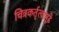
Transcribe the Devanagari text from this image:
चित्रकर्तृत्वापुढे